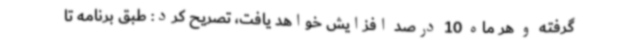
گرفته و هر ماه 10 درصد افزایش خواهد یافت، تصریح کرد: طبق برنامه تا